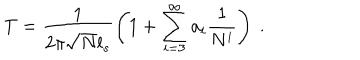
LaTeX: T = \frac { 1 } { 2 \pi \sqrt { N } l _ { s } } \left( 1 + \sum _ { i = 3 } ^ { \infty } a _ { i } \frac { 1 } { N ^ { i } } \right) \ .